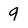
Character: 9